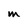
Character: M